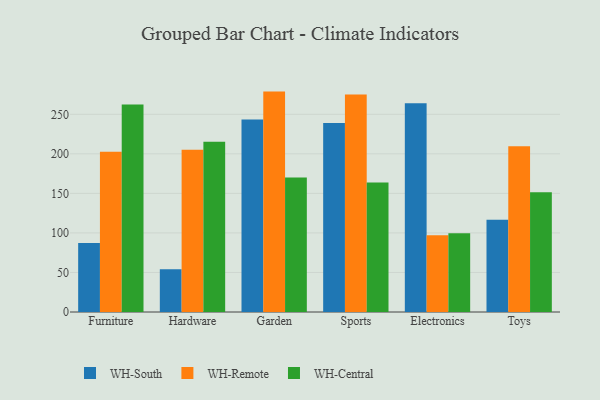
{"axis": {"x": "Category", "y": "Backlog"}, "legend": ["WH-Central", "WH-Remote", "WH-South"], "data": [{"x": "Furniture", "y": 87.4, "type": "WH-South"}, {"x": "Furniture", "y": 202.6, "type": "WH-Remote"}, {"x": "Furniture", "y": 262.5, "type": "WH-Central"}, {"x": "Hardware", "y": 54.2, "type": "WH-South"}, {"x": "Hardware", "y": 205.3, "type": "WH-Remote"}, {"x": "Hardware", "y": 215.2, "type": "WH-Central"}, {"x": "Garden", "y": 243.3, "type": "WH-South"}, {"x": "Garden", "y": 278.7, "type": "WH-Remote"}, {"x": "Garden", "y": 170.0, "type": "WH-Central"}, {"x": "Sports", "y": 239.0, "type": "WH-South"}, {"x": "Sports", "y": 274.9, "type": "WH-Remote"}, {"x": "Sports", "y": 163.9, "type": "WH-Central"}, {"x": "Electronics", "y": 264.1, "type": "WH-South"}, {"x": "Electronics", "y": 97.1, "type": "WH-Remote"}, {"x": "Electronics", "y": 99.7, "type": "WH-Central"}, {"x": "Toys", "y": 116.5, "type": "WH-South"}, {"x": "Toys", "y": 209.5, "type": "WH-Remote"}, {"x": "Toys", "y": 151.5, "type": "WH-Central"}]}